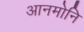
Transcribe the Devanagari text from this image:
आनमोनि